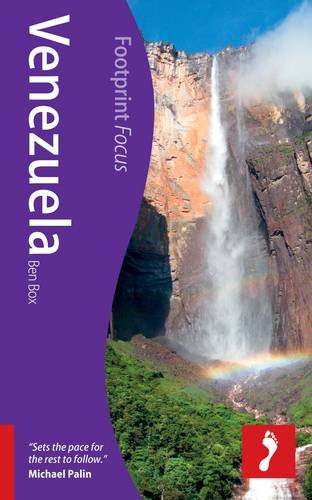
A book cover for Venezuela (Footprint Focus); Ben Box; Travel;